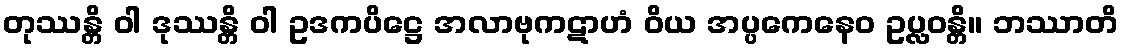
တုဿန္တိ ဝါ ဒုဿန္တိ ဝါ ဥဒကပိဋ္ဌေ အလာဗုကဋာဟံ ဝိယ အပ္ပကေနေဝ ဥပ္လဝန္တိ။ ဘဿာတိ